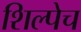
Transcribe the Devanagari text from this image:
शिल्पेच